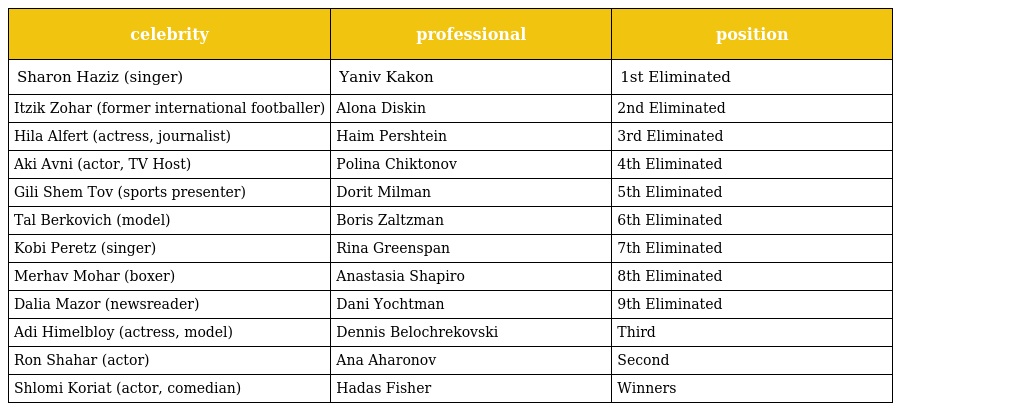
| celebrity | professional | position |
 | --- | --- | --- |
 | Sharon Haziz (singer) | Yaniv Kakon | 1st Eliminated |
 | Itzik Zohar (former international footballer) | Alona Diskin | 2nd Eliminated |
 | Hila Alfert (actress, journalist) | Haim Pershtein | 3rd Eliminated |
 | Aki Avni (actor, TV Host) | Polina Chiktonov | 4th Eliminated |
 | Gili Shem Tov (sports presenter) | Dorit Milman | 5th Eliminated |
 | Tal Berkovich (model) | Boris Zaltzman | 6th Eliminated |
 | Kobi Peretz (singer) | Rina Greenspan | 7th Eliminated |
 | Merhav Mohar (boxer) | Anastasia Shapiro | 8th Eliminated |
 | Dalia Mazor (newsreader) | Dani Yochtman | 9th Eliminated |
 | Adi Himelbloy (actress, model) | Dennis Belochrekovski | Third |
 | Ron Shahar (actor) | Ana Aharonov | Second |
 | Shlomi Koriat (actor, comedian) | Hadas Fisher | Winners |